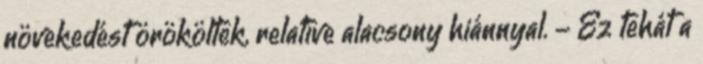
növekedést örököltek, relatíve alacsony hiánnyal. - Ez tehát a